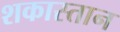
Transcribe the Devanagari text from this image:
शकास्तान